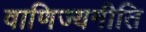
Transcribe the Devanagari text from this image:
वाणिज्यनीति